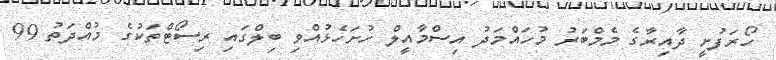
ހޯރަފުށީ ދާއިރާގެ މެމްބަރު މުހައްމަދު އިސްމާއީލް ހުށަހެޅުއްވި ބިލްގައި ރިސޯޓްތަކުގެ މުއްދަތު 99